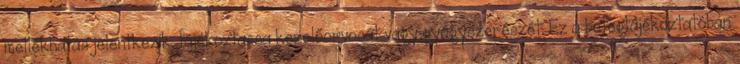
mellékhatás jelentkezik, tájékoztassa kezelőorvosát vagy gyógyszerészét. Ez a betegtájékoztatóban